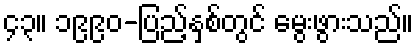
၄၃။ ၁၉၉၀-ပြည့်နှစ်တွင် မွေးဖွားသည်။